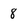
Character: 8